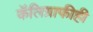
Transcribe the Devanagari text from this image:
कॅलिग्राफीही